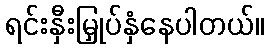
ရင်းနှီးမြှုပ်နှံနေပါတယ်။